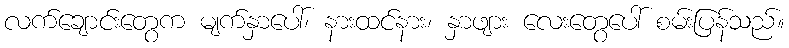
လက်ချောင်းတွေက မျက်နှာပေါ်၊ နားထင်နား၊ နှာဖျား လေးတွေပေါ် စမ်းပြန်သည်။